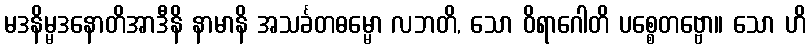
မဒနိမ္မဒနောတိအာဒီနိ နာမာနိ အသင်္ခတဓမ္မော လဘတိ, သော ဝိရာဂေါတိ ပစ္စေတဗ္ဗော။ သော ဟိ